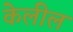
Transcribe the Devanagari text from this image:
केलील